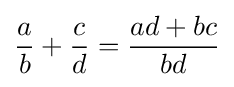
{\frac {a}{b}}+{\frac {c}{d}}={\frac {ad+bc}{bd}}